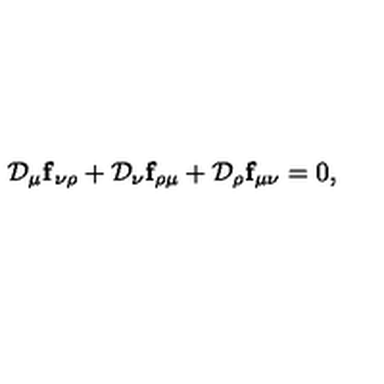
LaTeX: { \cal D } _ { \mu } { \bf f } _ { \nu \rho } + { \cal D } _ { \nu } { \bf f } _ { \rho \mu } + { \cal D } _ { \rho } { \bf f } _ { \mu \nu } = 0 ,